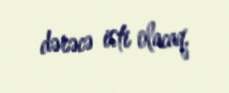
dərəcə isti olacaq.